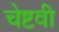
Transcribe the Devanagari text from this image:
चेष्टवी